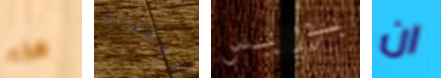
هذه تعقيدات بوريس ان